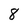
Character: 8